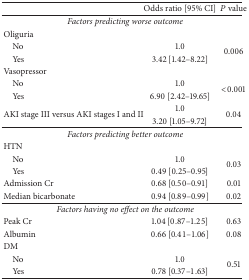
<table><thead><tr><td><b> </b></td><td><b>Odds ratio [95% CI]</b></td><td><b><i>P</i> value</b></td></tr></thead><tbody><tr><td colspan="3"><i>Factors predicting worse outcome</i></td></tr><tr><td>Oliguria</td><td> </td><td> </td></tr><tr><td> No</td><td>1.0</td><td rowspan="2">0.006</td></tr><tr><td> Yes</td><td>3.42 [1.42–8.22]</td></tr><tr><td>Vasopressor</td><td> </td><td> </td></tr><tr><td> No</td><td>1.0</td><td rowspan="2">&lt;0.001</td></tr><tr><td> Yes</td><td>6.90 [2.42–19.65]</td></tr><tr><td rowspan="2">AKI stage III versus AKI stages I and II</td><td>1.0</td><td rowspan="2">0.04</td></tr><tr><td>3.20 [1.05–9.72]</td></tr><tr><td colspan="3"><i>Factors predicting better outcome</i></td></tr><tr><td>HTN</td><td> </td><td> </td></tr><tr><td> No</td><td>1.0</td><td rowspan="2">0.03</td></tr><tr><td> Yes</td><td>0.49 [0.25–0.95]</td></tr><tr><td>Admission Cr</td><td>0.68 [0.50–0.91]</td><td>0.01</td></tr><tr><td>Median bicarbonate</td><td>0.94 [0.89–0.99]</td><td>0.02</td></tr><tr><td colspan="3"><i>Factors having no effect on the outcome</i></td></tr><tr><td>Peak Cr</td><td>1.04 [0.87–1.25]</td><td>0.63</td></tr><tr><td>Albumin</td><td>0.66 [0.41–1.06]</td><td>0.08</td></tr><tr><td>DM</td><td> </td><td> </td></tr><tr><td> No</td><td>1.0</td><td rowspan="2">0.51</td></tr><tr><td> Yes</td><td>0.78 [0.37–1.63]</td></tr></tbody></table>